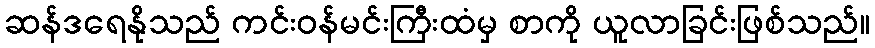
ဆန်ဒရေနိုသည် ကင်းဝန်မင်းကြီးထံမှ စာကို ယူလာခြင်းဖြစ်သည်။